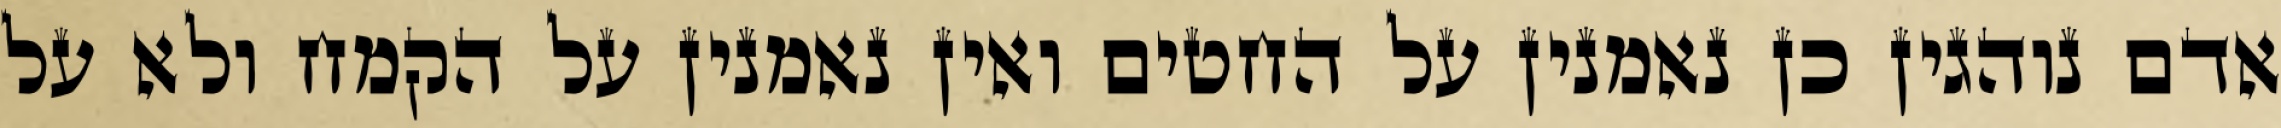
אדם נוהגין כן נאמנין על החטים ואין נאמנין על הקמח ולא על